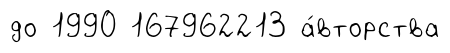
до 1990 167962213 а́вторства